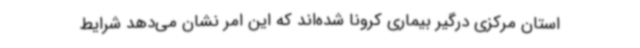
استان مرکزی درگیر بیماری کرونا شده‌اند که این امر نشان می‌دهد شرایط